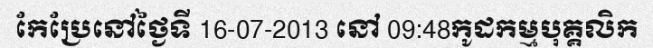
កែប្រែនៅថ្ងៃទី 16-07-2013 នៅ 09:48កូដកម្មបុគ្គលិក